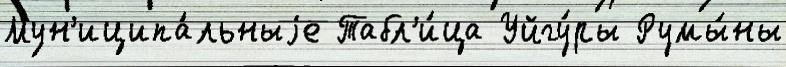
Мун'иципа́льныjе Табл'и́ца Уйгу́ры Румы́ны